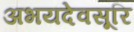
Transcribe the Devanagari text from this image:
अभयदेवसूरि